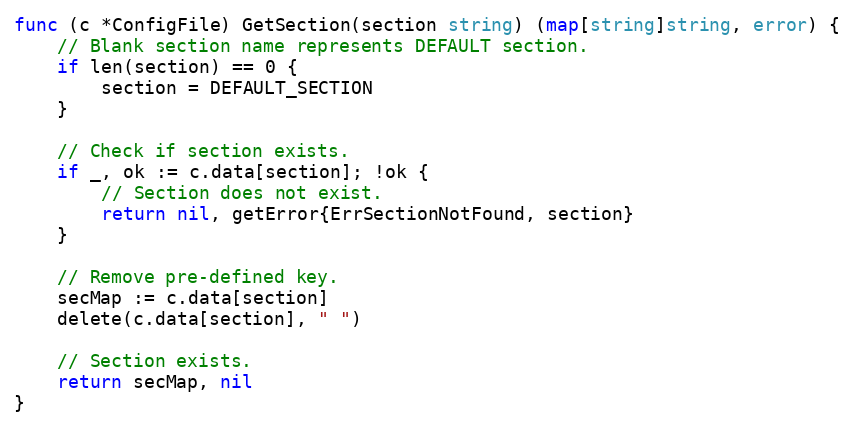
Language: Go
func (c *ConfigFile) GetSection(section string) (map[string]string, error) {
	// Blank section name represents DEFAULT section.
	if len(section) == 0 {
		section = DEFAULT_SECTION
	}

	// Check if section exists.
	if _, ok := c.data[section]; !ok {
		// Section does not exist.
		return nil, getError{ErrSectionNotFound, section}
	}

	// Remove pre-defined key.
	secMap := c.data[section]
	delete(c.data[section], " ")

	// Section exists.
	return secMap, nil
}